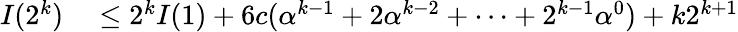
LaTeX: \begin{array}{rl}{I(2^{k})}&{{}\leq 2^{k}I(1)+6c(\alpha^{k-1}+2\alpha^{k-2}+\cdots+2^{k-1}\alpha^{0})+k2^{k+1}}\end{array}